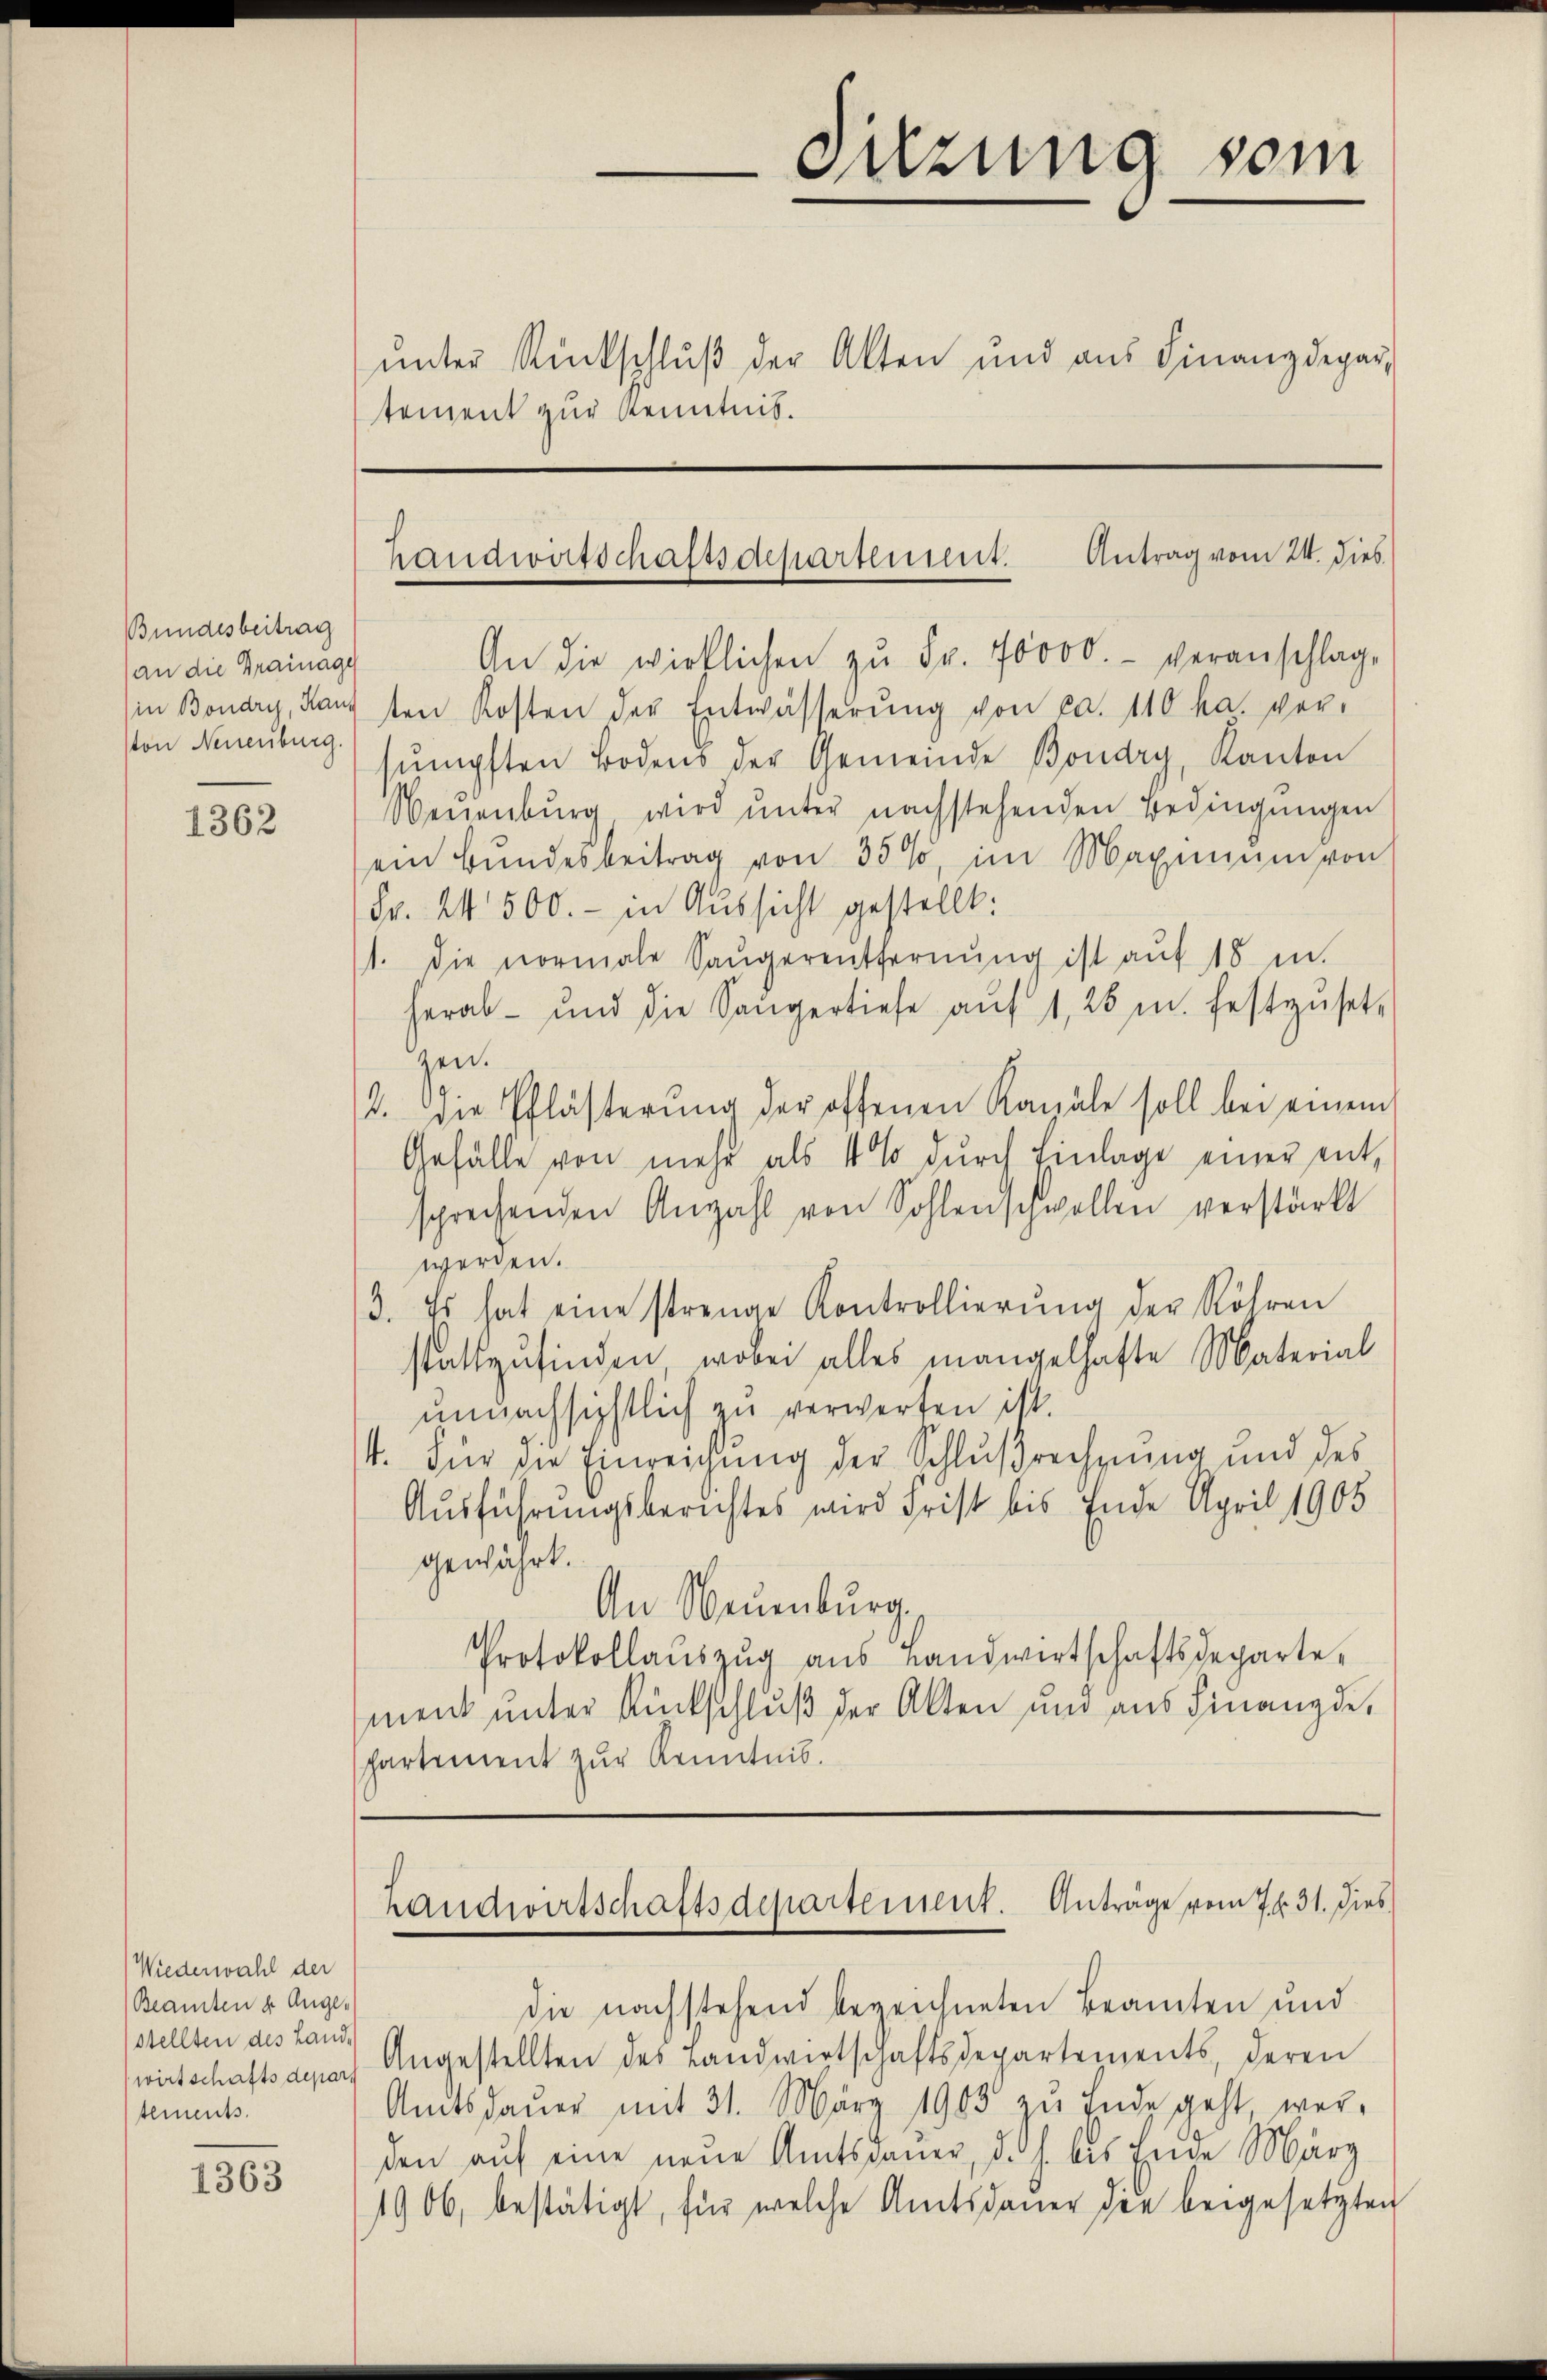
Bundesbeitrag
(an die Trainage
ton Neuenburg.

1362

Wiederwahl der
Beamten u. Augen
(stellten des Land-
wirtschaftsdepar
tements.

1363

An die wirklichen zŭ Fr. 70000.- veranschlage
in Bondry, Kauften Kosten der Entwässerŭng von ca. 110 ha. ver-
sumpften Bodens der Gemeinde Bondry, Kanton
Neuenburg, wird ŭnter nachstehenden Bedingŭngen
ein Bundesbeitrag von 35%, im Maximum von
Fr. 24500.- in Aussicht gestellt:
1. Die normale Saugerentfernung ist auf 18 in
herab- und die Sängertiefe aŭf 1, 25 u. festzŭsetz
zen.
2. Die Pflästerŭng der offenen Kanale soll bei einem
Gefälle von mehr als 10 % dŭrch Einlage einer entsprechenden Anzahl von Sohlenschwellen verstärkt
werden.
3. Es hat eine strenge Kontrollierŭng der Röhren
stattzufinden, wobei alles mangelhafte Material
unnachsichtlich zu verwerfen ist.
4. Für die Einreichung der Schlußrechnung und des
Ausführungsberichtes wird Frist bis Ende April 1905
gewährt.
An Neuenburg,
Protokollaŭszŭg aŭs Landwirtschaftsdeparte
ment unter Rückschluß der Alten und aus Finanzde
partement zur Kenntnis.

unter Rückschluß der Akten und aus Finanzdepartement zur Kenntnis.

die nachstehend bezeichneten Beamten und
Angestellten des Landwirtschaftsdepartements, deren
Amtsdaŭer mit 31. März 1903 zu Ende geht wer-
den aŭf eine neŭe Amtsdauer, d. h. bis Ende März
1906, bestätigt, für welche Amtsdauer die beigesetzten

Sitzung vom

Handwirtschaftsdepartement. Antrag vom 24. dies

Handwirtschaftsdepartement. Anträge vom 7. 31. Dies